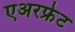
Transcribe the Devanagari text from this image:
एअरफ्रेट